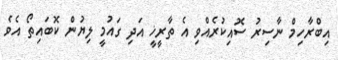
އިބްރާހިމް ނާސިރު ސޮއިކުރެއްވި އެ ތާރީޚީ އަދި ގައުމީ ލިޔުން ކޮބައިތޯ އެވެ